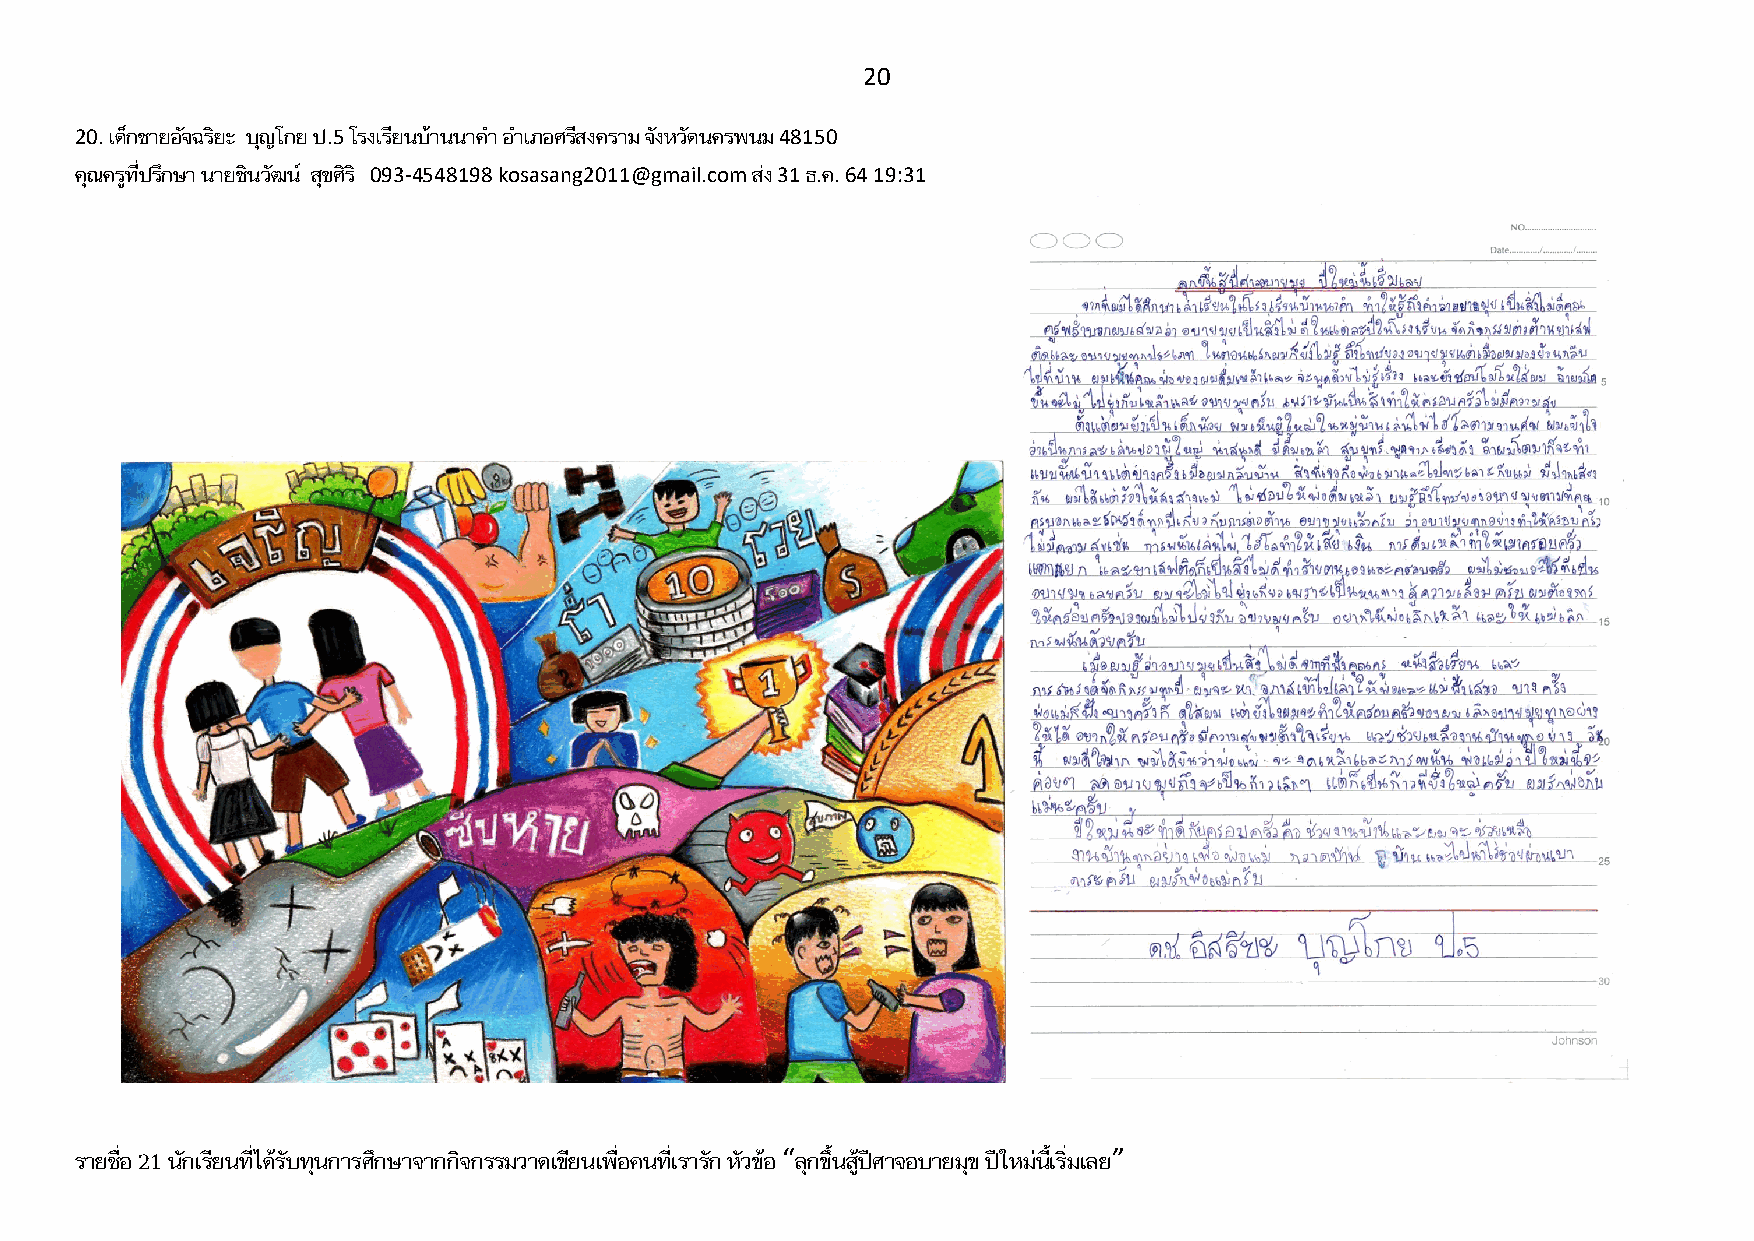
20
 20. เด็กชายอัจฉริยะ บุญโกย ป.5 โรงเรียนบ้านนาค า อ าเภอศรีสงคราม จังหวัดนครพนม 48150
 คุณครูที่ปรึกษา นายชินวัฒน์ สุขศิร ิ 093-4548198 kosasang2011@gmail.com ส่ง 31 ธ.ค. 64 19:31
 รายชื่อ 21 นักเรียนที่ได้รับทุนการศึกษาจากกิจกรรมวาดเขียนเพื่อคนที่เรารัก หัวข้อ “ลุกขึ้นสู้ปีศาจอบายมุข ปีใหม่นี้เริ่มเลย”